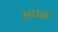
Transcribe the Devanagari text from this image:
अघळ